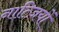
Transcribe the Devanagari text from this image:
नात्ज़ियों